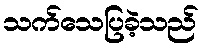
သက်သေပြခဲ့သည်